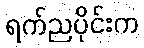
ရက်ညပိုင်းက